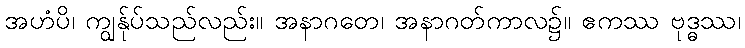
အဟံပိ၊ ကျွန်ုပ်သည်လည်း။ အနာဂတေ၊ အနာဂတ်ကာလ၌။ ဧကဿ ဗုဒ္ဓဿ၊